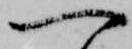
一